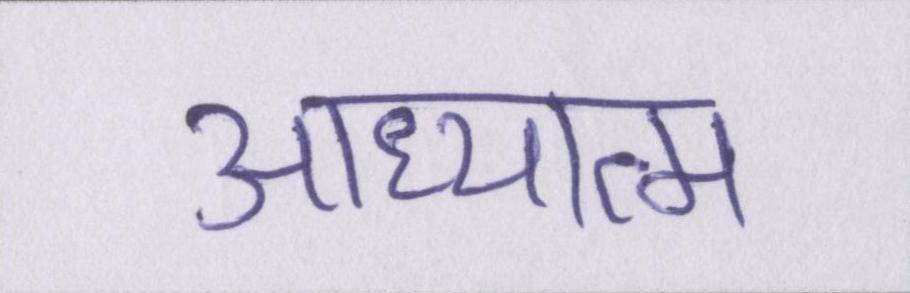
आध्यात्म